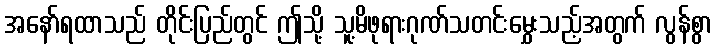
အနော်ရထာသည် တိုင်းပြည်တွင် ဤသို့ သူ့မိဖုရားဂုဏ်သတင်းမွှေးသည့်အတွက် လွန်စွာ